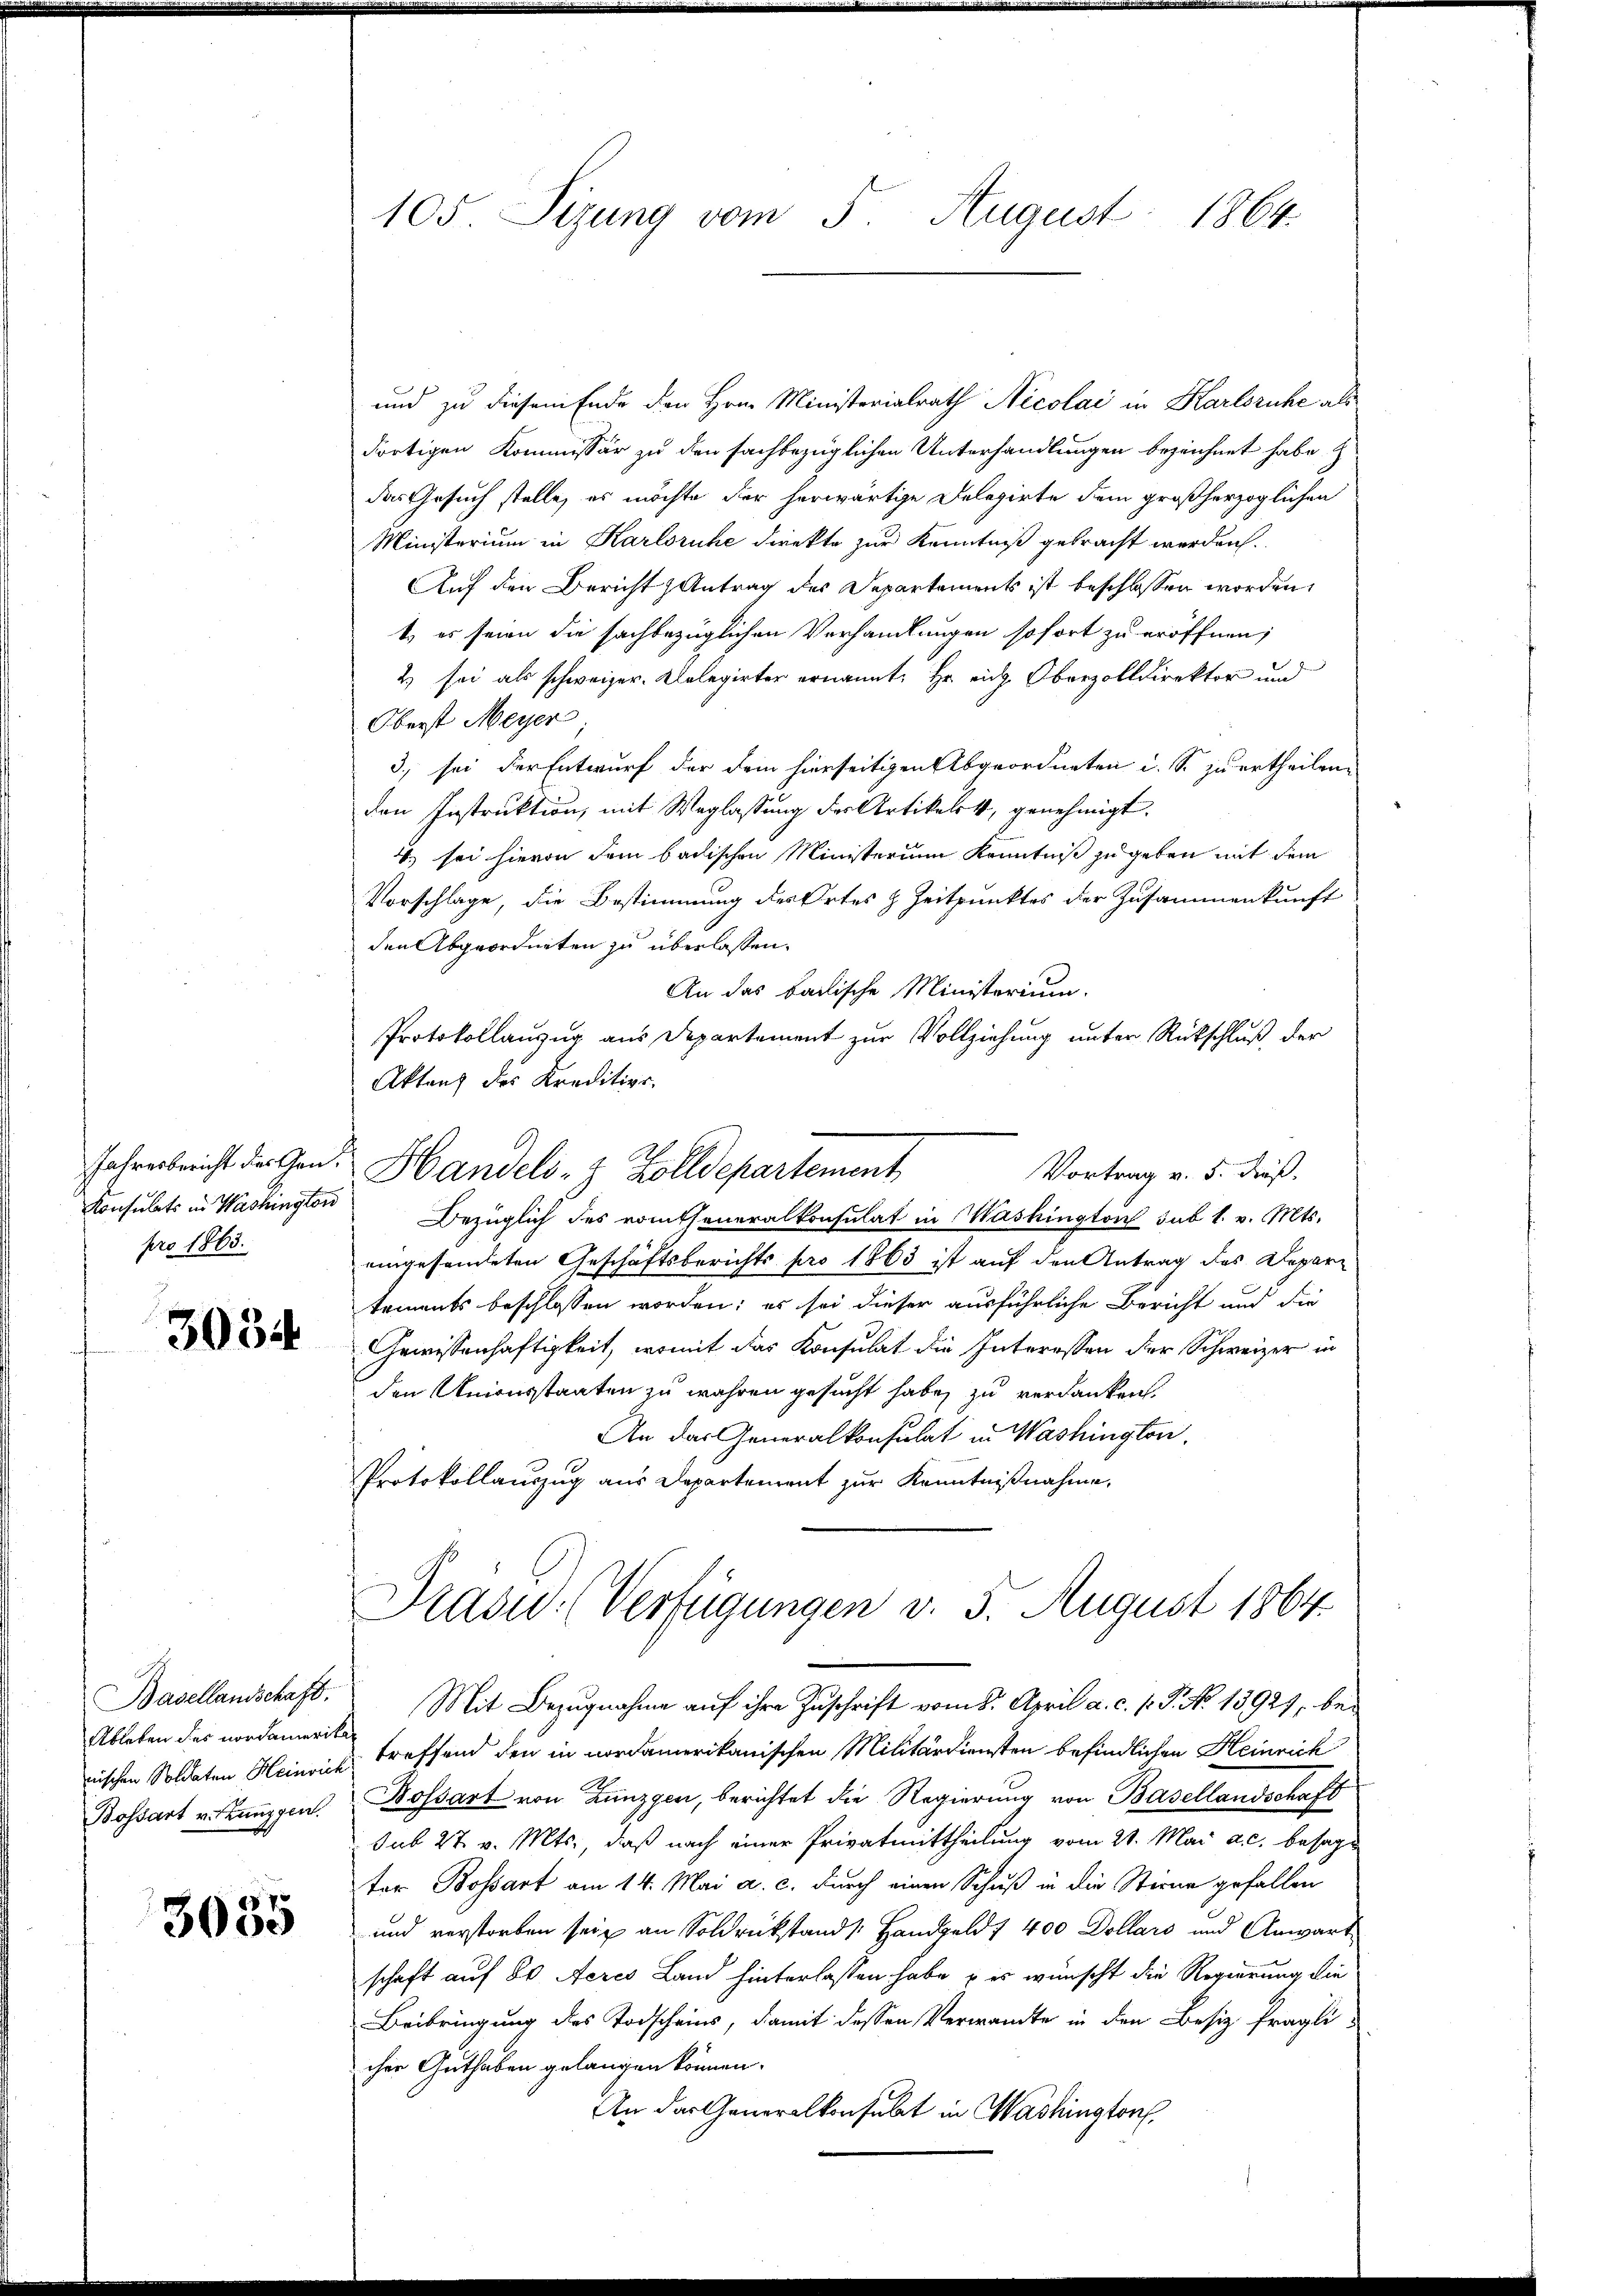
Konsulats in Washington
pro 1863.

3034

Ableben des nordamerika
nischen Soldaten Heinric
Bossart v. Zanggen.

3035

105. Sizung vom 5. August 1864.

und zu diesem Ende den Hrn. Ministerialrath Nicolai in Karlsruhe als
dortigen Kommissär zu den sachbezüglichen Unterhandlungen bezeichnet habe. Z
das Gesuch stelle, es möchte der herwärtige Delegirte dem großherzoglichen
Ministerium in Karlsruhe direkte zur Kenntniß gebracht werden.
Auf den Bericht Antrag des Departements ist beschlossen worden.
t, es seien die sachbezüglichen Verhandlungen sofort zu eröffnen;
2) sei als schweizer. Delegirter ernannt: Hr. rich, Oberzolldirektor und
Oberst Meyer.
3. sei der Entwurf der dem hierseitigen Abgeordneten d. S. zu ertheilen.
den Instruktion, mit Weglassung der Artikalik, genehmigt.
) sei hievon dem badischen Ministerum Kenntniß zu geben mit dem
Vorschlage, die Bestimmung des Ortes z. Zeitpunktes der Zusammenkunft
den Abgeordneten zu überlassen.
An das badische Ministerium.
Protokollanzug aus Departement zur Vollziehung unter Rückschluß der
Akten des Kreditier.
Vortrag v. 5. dieß.
Bezüglich des rotheneralkonsulat in Washington sub 1. v. Mts.
eingesendeten Geschäftsberichts pro 1863 ist auf den Antrag des Departements beschlossen worden; es sei dieser ausführliche Bericht und die
Gewissenhaftigkeit, womit das Konsulat die Interessen der Schweizer in
den Unionsstaaten zu wahren gesucht habe, zu verdanken.
An das Generalkonsulat in Washington,
Protokollauszug aus Departement zur Kenntnißnahme.
Präsid. (Verfügungen v. 5. August 1864.
Basellandschaft. Mit Bezugnahme aŭf ihre Zuschrift vom 2. April a. c. p. P. No 13921, betreffend den in nordamerikanischen Militärdiensten befindlichen Heinrich
t
Kossart von Lunzgen, berichtet die Regierung von Basellandschaft
sub 27. v. Mts., daß nach einer Privatmittheilung vom 21. Mai a. c. besagt
ter Bossart am 14. Mai a. c. durch einen Schuß in die Stirne gefallen
und verstorben sein an Soldrückstand Handgeld f 400 Dollars und Anwart
schaft auf 80 Aeres Land hinterlassen habe, u es wünscht die Regierung die
Beibringung des Todscheins, damit dessen Verwandte in den Besiz fraglicher Guthaben gelangen können.
An das Generalkonsulat in Washington

Jahresbericht die Gant Handels- & Zolldepartement